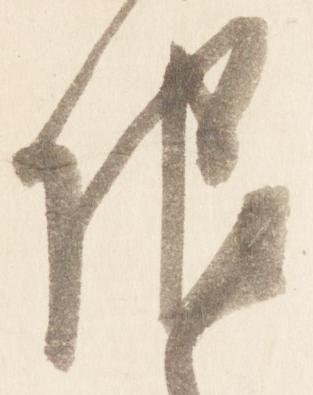
限